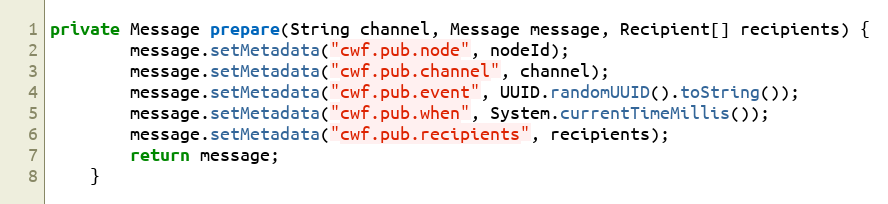
Language: Java
private Message prepare(String channel, Message message, Recipient[] recipients) {
        message.setMetadata("cwf.pub.node", nodeId);
        message.setMetadata("cwf.pub.channel", channel);
        message.setMetadata("cwf.pub.event", UUID.randomUUID().toString());
        message.setMetadata("cwf.pub.when", System.currentTimeMillis());
        message.setMetadata("cwf.pub.recipients", recipients);
        return message;
    }